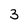
Character: 3